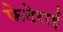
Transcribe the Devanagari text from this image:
फेदेराई